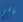
باقي